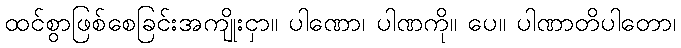
ထင်စွာဖြစ်စေခြင်းအကျိုးငှာ။ ပါဏော၊ ပါဏကို။ ပေ။ ပါဏာတိပါတော၊